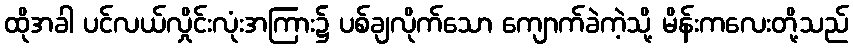
ထိုအခါ ပင်လယ်လှိုင်းလုံးအကြား၌ ပစ်ချလိုက်သော ကျောက်ခဲကဲ့သို့ မိန်းကလေးတို့သည်